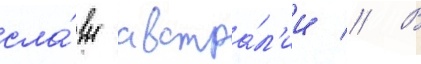
сла́вы австра́л'ии // В